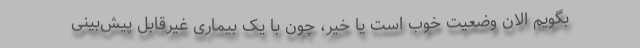
بگویم الان وضعیت خوب است یا خیر، چون با یک بیماری غیرقابل پیش‌بینی